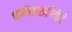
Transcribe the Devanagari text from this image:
धर्मशास्त्रमिदं